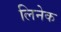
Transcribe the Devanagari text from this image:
लिनेक